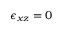
\epsilon _ { x z } = 0